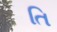
તિ